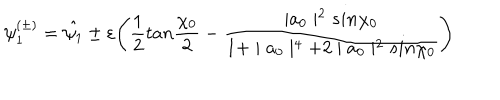
LaTeX: \psi _ { 1 } ^ { ( \pm ) } = \hat { \psi _ { 1 } } \pm \varepsilon \Biggl ( \frac { 1 } { 2 } t a n \frac { \chi _ { 0 } } { 2 } - \frac { \mid a _ { 0 } \mid ^ { 2 } s i n \chi _ { 0 } } { 1 + \mid a _ { 0 } \mid ^ { 4 } + 2 \mid a _ { 0 } \mid ^ { 2 } s i n \chi _ { 0 } } \Biggr )